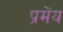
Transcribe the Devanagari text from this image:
प्रमेंय